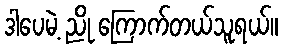
ဒါပေမဲ့ ညို ကြောက်တယ်သူရယ်။